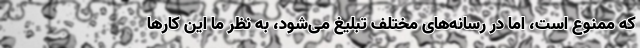
که ممنوع است، اما در رسانه‌های مختلف تبلیغ می‌شود، به نظر ما این کارها